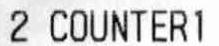
2 COUNTERI